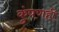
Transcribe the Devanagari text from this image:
कुंपणही